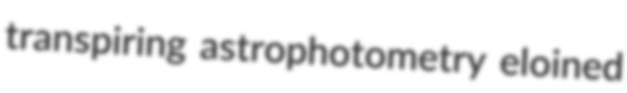
transpiring astrophotometry eloined